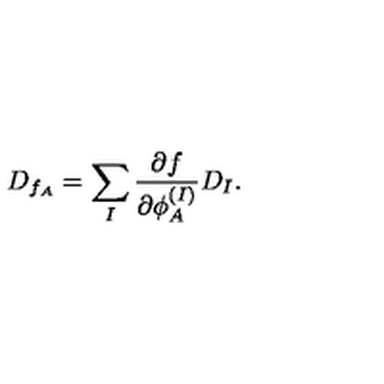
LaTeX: D _ { f _ { A } } = \sum _ { I } { \frac { \partial f } { \partial \phi _ { A } ^ { ( I ) } } } D _ { I } .